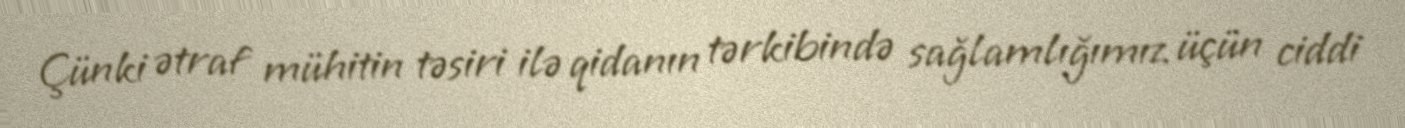
Çünki ətraf mühitin təsiri ilə qidanın tərkibində sağlamlığımız üçün ciddi